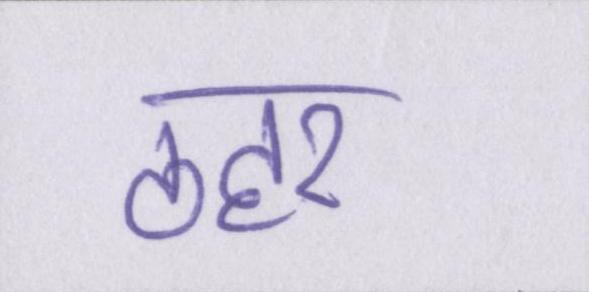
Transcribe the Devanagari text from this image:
ठहर